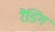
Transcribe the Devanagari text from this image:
रैडिंग